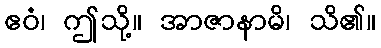
ဧဝံ၊ ဤသို့။ အာဇာနာမိ၊ သိ၏။